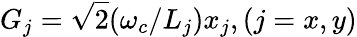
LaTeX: G_{j}=\sqrt{2}(\omega_{c}/L_{j})x_{j},(j=x,y)